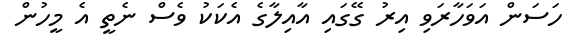
ހަސަން އަވަހާރަވި އިރު ގޭގައި އާއިލާގެ އެކަކު ވެސް ނެތީ އެ މީހުން